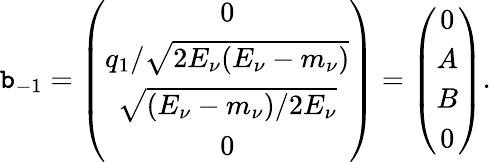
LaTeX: \mathtt{b}_{-1}=\left(\begin{array}{c}{{0}}\\ {{q_{1}/\sqrt{2E_{\nu}(E_{\nu}-m_{\nu})}}}\\ {{\sqrt{(E_{\nu}-m_{\nu})/2E_{\nu}}}}\\ {{0}}\end{array}\right)=\left(\begin{array}{c}{{0}}\\ {{A}}\\ {{B}}\\ {{0}}\end{array}\right).